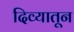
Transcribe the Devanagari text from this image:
दिव्यातून